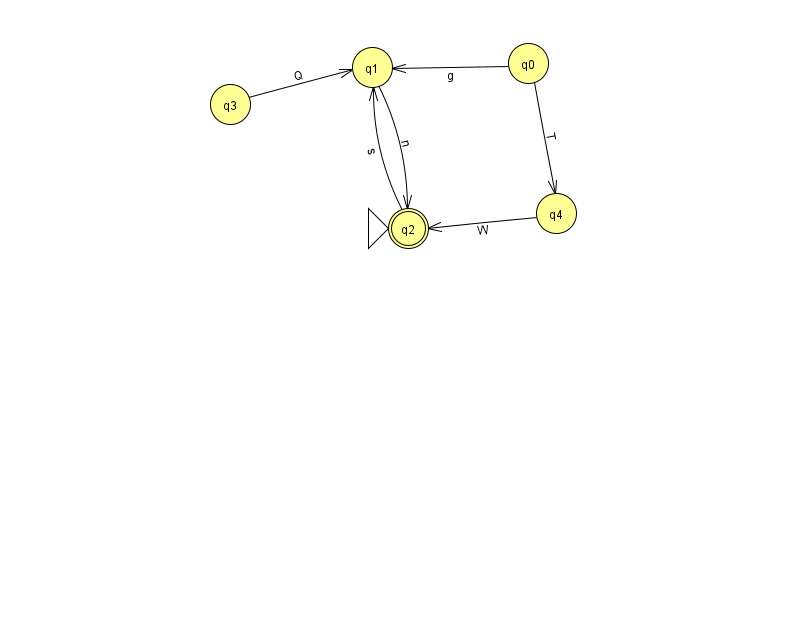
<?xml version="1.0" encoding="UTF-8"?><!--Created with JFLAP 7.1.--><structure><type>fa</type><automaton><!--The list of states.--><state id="0" name="q0"><x>528.0</x><y>50.0</y></state><state id="1" name="q1"><x>372.0</x><y>54.0</y></state><state id="2" name="q2"><x>408.0</x><y>215.0</y><initial/><final/></state><state id="3" name="q3"><x>230.0</x><y>91.0</y></state><state id="4" name="q4"><x>556.0</x><y>200.0</y></state><!--The list of transitions.--><transition><from>4</from><to>2</to><read>W</read></transition><transition><from>2</from><to>1</to><read>s</read></transition><transition><from>3</from><to>1</to><read>Q</read></transition><transition><from>0</from><to>4</to><read>T</read></transition><transition><from>1</from><to>2</to><read>n</read></transition><transition><from>0</from><to>1</to><read>g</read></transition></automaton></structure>